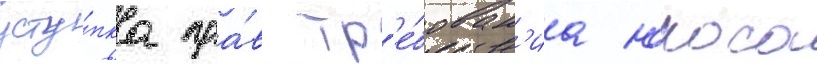
усту́пка пра́в тр'е́бован'иа юкоса